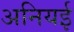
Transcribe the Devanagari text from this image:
अनियई